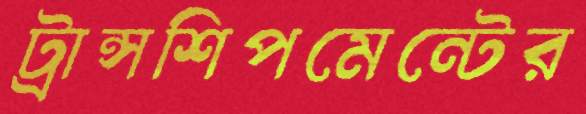
ট্রান্সশিপমেন্টের